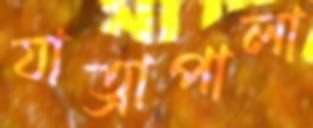
যাত্রাপালা